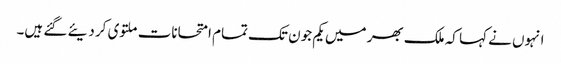
انہوں نے کہا کہ ملک بھر میں یکم جون تک تمام امتحانات ملتوی کر دیئے گئے ہیں۔